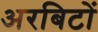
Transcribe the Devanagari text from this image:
अरबिटों